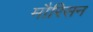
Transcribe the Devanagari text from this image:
मौरिसन